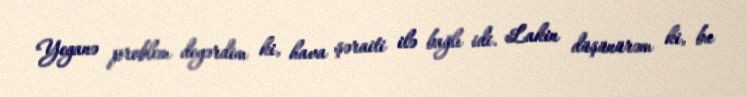
Yeganə problem deyərdim ki, hava şəraiti ilə bağlı idi. Lakin düşünürəm ki, bu